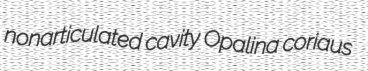
nonarticulated cavity Opalina coriaus